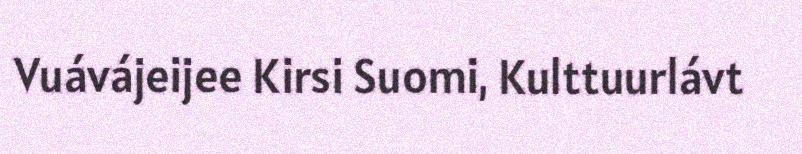
Vuávájeijee Kirsi Suomi, Kulttuurlávt